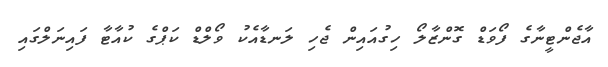
އާޖެންޓީނާގެ ފޯވަޑް ގޮންޒާލޯ ހިގުއައިން ޖެހި ލަނޑާއެކު ވޯލްޑް ކަޕްގެ ކުއާޓާ ފައިނަލްގައި